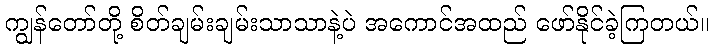
ကျွန်တော်တို့ စိတ်ချမ်းချမ်းသာသာနဲ့ပဲ အကောင်အထည် ဖော်နိုင်ခဲ့ကြတယ်။